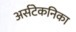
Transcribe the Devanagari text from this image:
अर्सटेकनिका